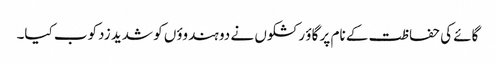
گائے کی حفاظت کے نام پر گاؤ رکشکوں نے دو ہندوؤں کو شدید زدکوب کیا۔